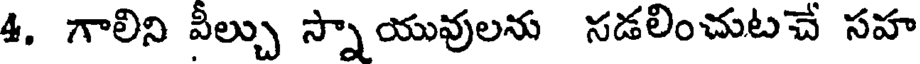
4. గాలిని వీల్చు స్నాయువులను సడలించుటచే సహ